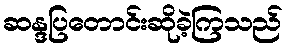
ဆန္ဒပြတောင်းဆိုခဲ့ကြသည်